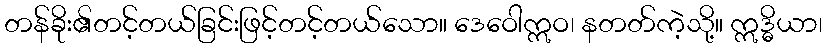
တန်ခိုး၏တင့်တယ်ခြင်းဖြင့်တင့်တယ်သော။ ဒေဝေါဣဝ၊ နတတ်ကဲ့သို့။ ဣဒ္ဓိယာ၊